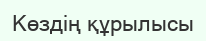
Көздің құрылысы